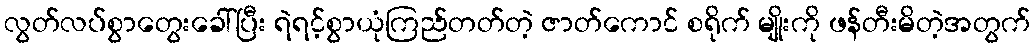
လွတ်လပ်စွာတွေးခေါ်ပြီး ရဲရင့်စွာယုံကြည်တတ်တဲ့ ဇာတ်ကောင် စရိုက် မျိုးကို ဖန်တီးမိတဲ့အတွက်